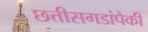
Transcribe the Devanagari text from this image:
छत्तीसगडांपैकी